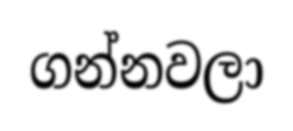
ගන්නවලා